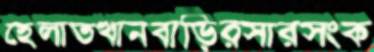
হেলাতখানবাড়িরসারসংক